Vaccination in the Punjab 1919-1929 - 1919-1929
Year: 1919
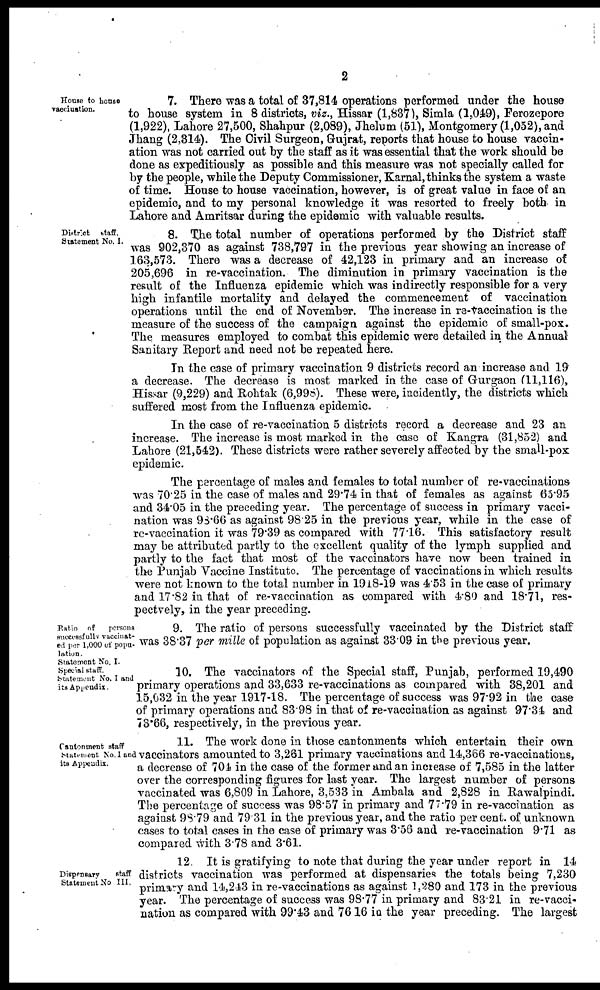
2
House to house
vaccination.
7. There was a total of 37,814 operations performed under the house
to house system in 8 districts, viz., Hissar (1,837), Simla (1,049), Ferozepore
(1,922), Lahore 27,500, Shahpur (2,089), Jhelum (51), Montgomery (1,052), and
Jhang (2,314). The Civil Surgeon, Gujrat, reports that house to house vaccin-
ation was not carried out by the staff as it was essential that the work should be
done as expeditiously as possible and this measure was not specially called for
by the people, while the Deputy Commissioner, Karnal, thinks the system a waste
of time. House to house vaccination, however, is of great value in face of an
epidemic, and to my personal knowledge it was resorted to freely both in
Lahore and Amritsar during the epidemic with valuable results.
District
staff.
Statement No. I.
8. The total number of operations performed by the District staff
was 902,370 as against 738,797 in the previous year showing an increase of
163,573. There was a decrease of 42,123 in primary and an increase of
205,696 in re-vaccination. The diminution in primary vaccination is the
result of the Influenza epidemic which was indirectly responsible for a very
high infantile mortality and delayed the commencement of vaccination
operations until the end of November. The increase in re-vaccination is the
measure of the success of the campaign against the epidemic of small-pox.
The measures employed to combat this epidemic were detailed in the Annual
Sanitary Report and need not be repeated here.
In the case of primary vaccination 9 districts record an increase and 19
a decrease. The decrease is most marked in the case of Gurgaon (11,116),
Hissar (9,229) and Rohtak (6,998). These were, incidently, the districts which
suffered most from the Influenza epidemic.
In the case of re-vaccination 5 districts record a decrease and 23 an
increase. The increase is most marked in the case of Kangra (31,852) and
Lahore (21,542). These districts were rather severely affected by the small-pox
epidemic.
The percentage of males and females to total number of re-vaccinations
was 70.25 in the case of males and 29.74 in that of females as against 65.95
and 34.05 in the preceding year. The percentage of success in primary vacci-
nation was 98.66 as against 98.25 in the previous year, while in the case of
re-vaccination it was 79.39 as compared with 77.16. This satisfactory result
may be attributed partly to the excellent quality of the lymph supplied and
partly to the fact that most of the vaccinators have now been trained in
the Punjab Vaccine Institute.The percentage of vaccinations in which results
were not known to the total number in 1918-19 was 4.53 in the case of primary
and 17.82 in that of re-vaccination as compared with 4.80 and 18.71, res-
pectvely, in the year preceding.
Ratio of
persons
successfully vaccinat-
ed per 1,000 of popu-
lation.
Statement No. I.
Special staff.
Statement
No. I and
its Appendix.
9. The ratio of persons successfully vaccinated by the District staff
was 38.37 per mille of population as against 33.09 in the previous year.
10. The vaccinators of the Special staff, Punjab, performed 19,490
primary operations and 33,633 re-vaccinations as compared with 38,201 and
15,032 in the year 1917-18. The percentage of success was 97.92 in the case
of primary operations and 83.98 in that of re-vaccination as against 97.34 and
73.66, respectively, in the previous year.
Cantonment staff
Statement No. I and
its Appendix.
11. The work done in those cantonments which entertain their own
vaccinators amounted to 3,261 primary vaccinations and 14,366 re-vaccinations,
a decrease of 704 in the case of the former and an increase of 7,585 in the latter
over the corresponding figures for last year. The largest number of persons
vaccinated was 6,809 in Lahore, 3.533 in Ambala and 2,828 in Rawalpindi.
The percentage of success was 98.57 in primary and 77.79 in re-vaccination as
against 98.79 and 79.31 in the previous year, and the ratio per cent. of unknown
cases to total cases in the case of primary was 3.56 and re-vaccination 9.71 as
compared with 3.78 and 3.61.
Dispensary
staff
Statement No III.
12. It is gratifying to note that during the year under report in 14
districts vaccination was performed at dispensaries the totals being 7,230
primary and 14,243 in re-vaccinations as against 1,280 and 173 in the previous
year. The percentage of success was 98.77 in primary and 83.21 in re-vacci-
nation as compared with 99.43 and 76.16 in the year preceding. The largest